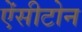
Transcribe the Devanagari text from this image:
ऐंसीटोन